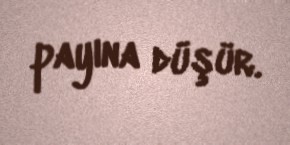
payına düşür.